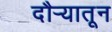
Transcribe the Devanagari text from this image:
दौर्‍यातून